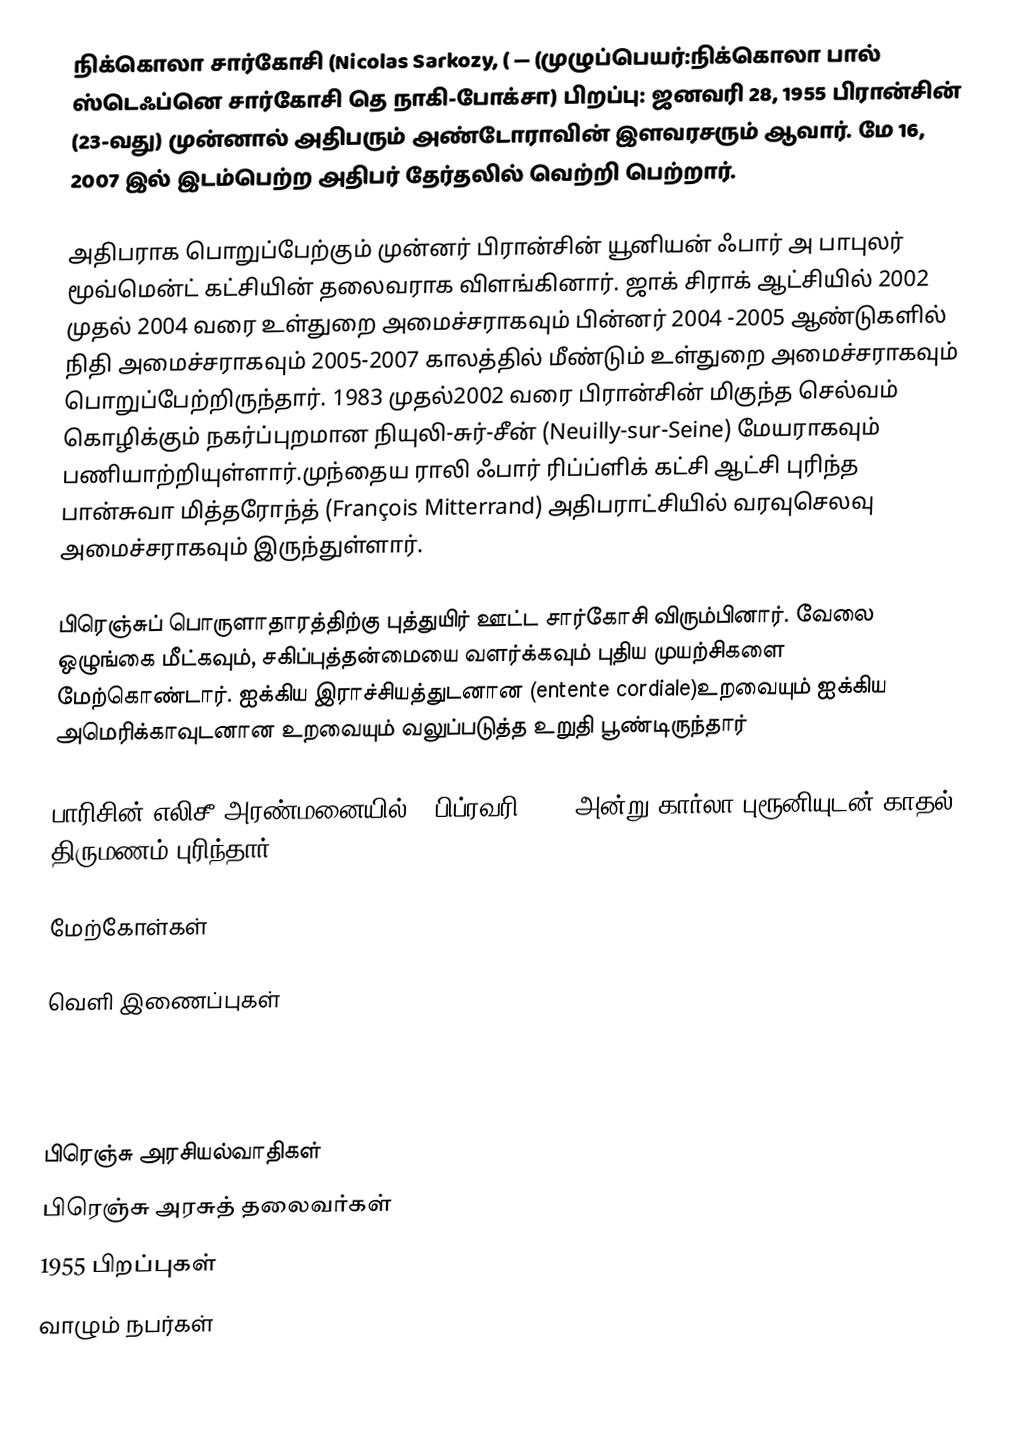
நிக்கொலா சார்கோசி (Nicolas Sarkozy, ( — (முழுப்பெயர்:நிக்கொலா பால் ஸ்டெஃப்னெ சார்கோசி தெ நாகி-போக்சா) பிறப்பு: ஜனவரி 28, 1955 பிரான்சின் (23-வது) முன்னால் அதிபரும் அண்டோராவின் இளவரசரும் ஆவார். மே 16, 2007 இல் இடம்பெற்ற அதிபர் தேர்தலில் வெற்றி பெற்றார்.

அதிபராக பொறுப்பேற்கும் முன்னர் பிரான்சின் யூனியன் ஃபார் அ பாபுலர் மூவ்மென்ட் கட்சியின் தலைவராக விளங்கினார். ஜாக் சிராக் ஆட்சியில் 2002 முதல் 2004 வரை உள்துறை அமைச்சராகவும் பின்னர் 2004 -2005 ஆண்டுகளில் நிதி அமைச்சராகவும் 2005-2007 காலத்தில் மீண்டும் உள்துறை அமைச்சராகவும் பொறுப்பேற்றிருந்தார். 1983 முதல்2002 வரை பிரான்சின் மிகுந்த செல்வம் கொழிக்கும் நகர்ப்புறமான நியுலி-சுர்-சீன் (Neuilly-sur-Seine) மேயராகவும் பணியாற்றியுள்ளார்.முந்தைய ராலி ஃபார் ரிப்ப்ளிக் கட்சி ஆட்சி புரிந்த பான்சுவா மித்தரோந்த் (François Mitterrand) அதிபராட்சியில் வரவுசெலவு அமைச்சராகவும் இருந்துள்ளார்.

பிரெஞ்சுப் பொருளாதாரத்திற்கு புத்துயிர் ஊட்ட சார்கோசி விரும்பினார். வேலை ஒழுங்கை மீட்கவும், சகிப்புத்தன்மையை வளர்க்கவும் புதிய முயற்சிகளை மேற்கொண்டார். ஐக்கிய இராச்சியத்துடனான (entente cordiale)உறவையும்  ஐக்கிய அமெரிக்காவுடனான உறவையும் வலுப்படுத்த உறுதி பூண்டிருந்தார்

பாரிசின் எலிசீ அரண்மனையில் 2 பிப்ரவரி 2008 அன்று கார்லா புரூனியுடன் காதல் திருமணம் புரிந்தார்.

மேற்கோள்கள்

வெளி இணைப்புகள்

 “Hosing Sarkozy" an article in the TLS by Sudhir Hazareesingh, November 28, 2007
 Interview after One Month in Office in Le Figaro, 07.06.2007

பிரெஞ்சு அரசியல்வாதிகள்
பிரெஞ்சு அரசுத் தலைவர்கள்
1955 பிறப்புகள்
வாழும் நபர்கள்